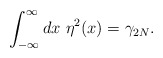
\begin{align*}\int_{-\infty}^\infty dx \ \eta^2(x)=\gamma_{2N}.\end{align*}